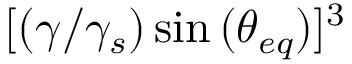
[ ( \gamma / \gamma _ { s } ) \sin { ( \theta _ { e q } ) } ] ^ { 3 }